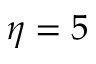
\eta = 5